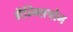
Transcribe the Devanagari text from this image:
गैन्ग्लियोन